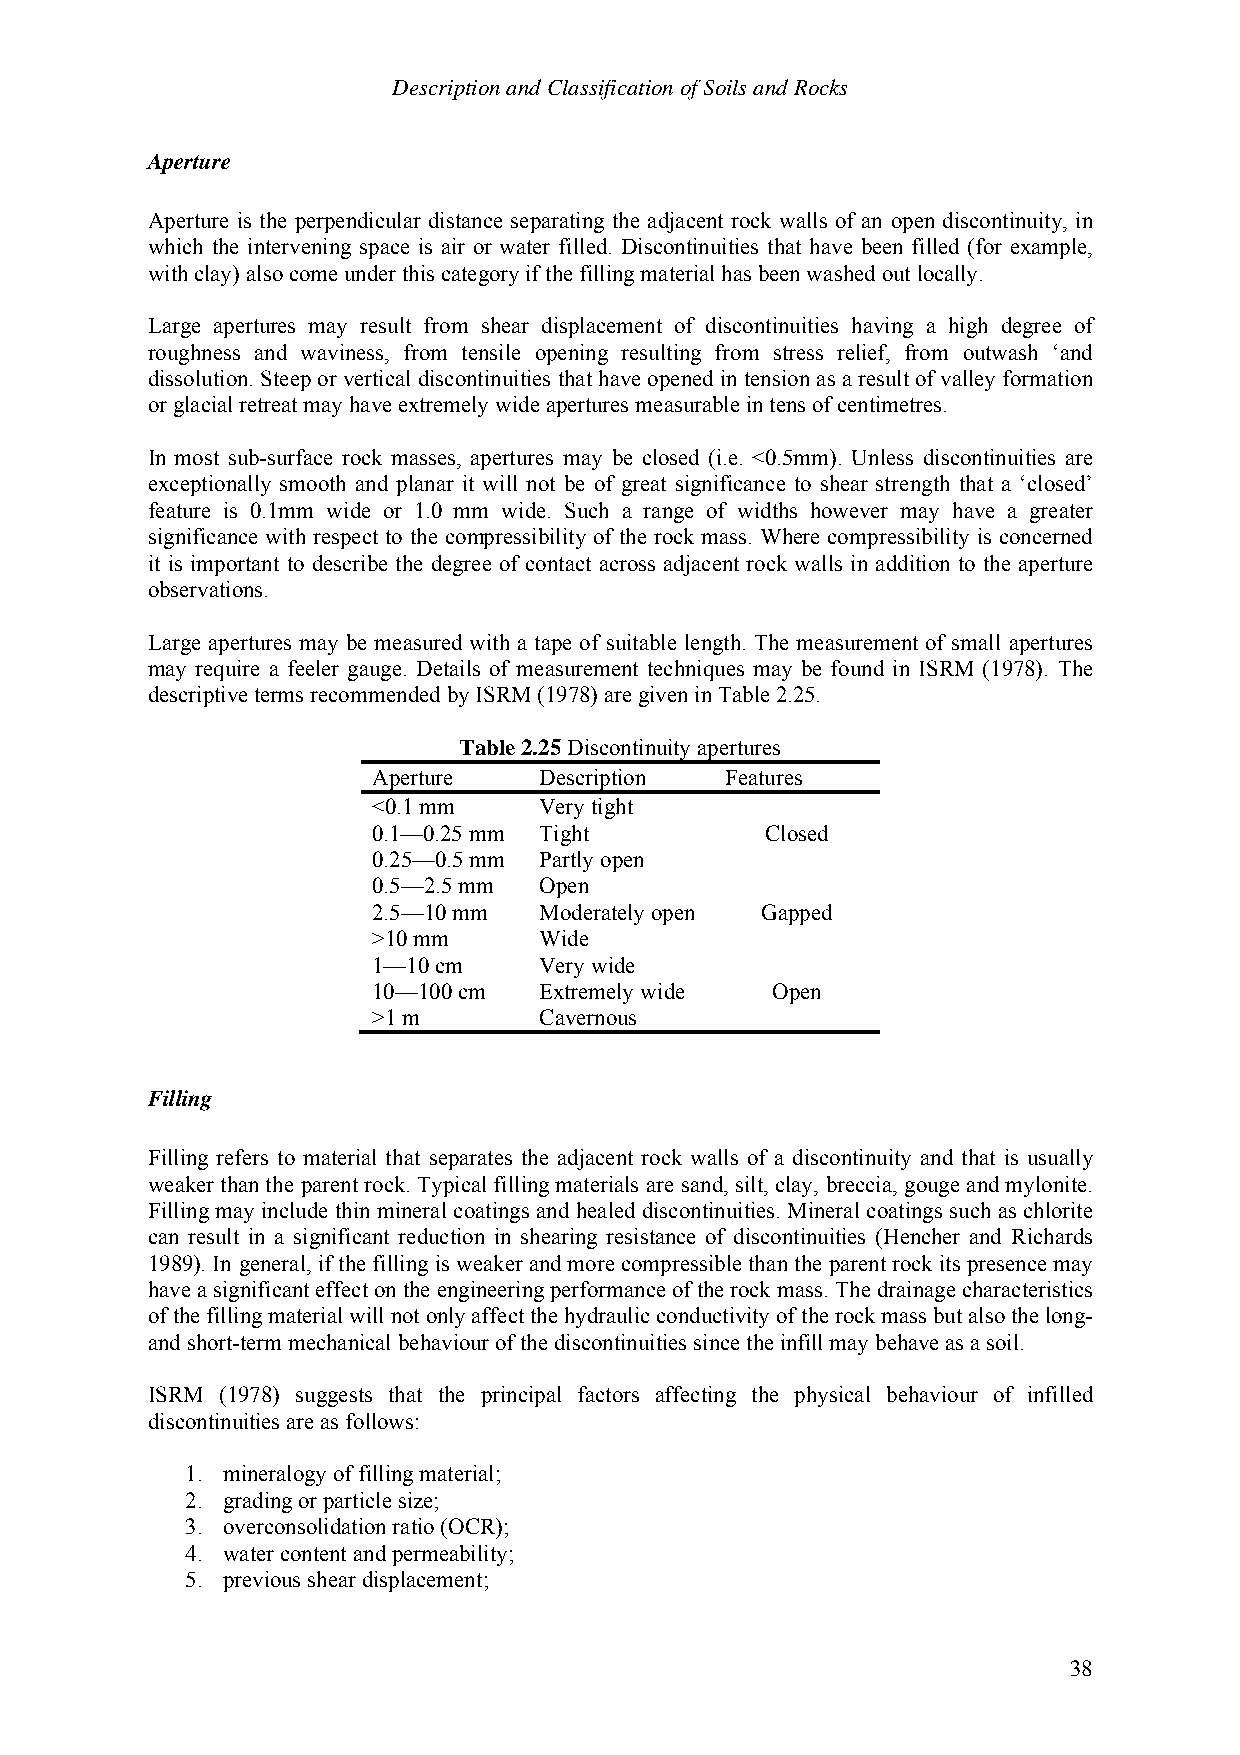
Description and Classification of Soils and Rocks
 Aperture
 Aperture is the perpendicular distance separating the adjacent rock walls of an open discontinuity, in
 which the intervening space is air or water filled. Discontinuities that have been filled (for example,
 with clay) also come under this category if the filling material has been washed out locally.
 Large apertures may result from shear displacement of discontinuities having a high degree of
 roughness and waviness, from tensile opening resulting from stress relief, from outwash ‘and
 dissolution. Steep or vertical discontinuities that have opened in tension as a result of valley formation
 or glacial retreat may have extremely wide apertures measurable in tens of centimetres.
 In most sub-surface rock masses, apertures may be closed (i.e. <0.5mm). Unless discontinuities are
 exceptionally smooth and planar it will not be of great significance to shear strength that a ‘closed’
 feature is 0.1mm wide or 1.0 mm wide. Such a range of widths however may have a greater
 significance with respect to the compressibility of the rock mass. Where compressibility is concerned
 it is important to describe the degree of contact across adjacent rock walls in addition to the aperture
 observations.
 Large apertures may be measured with a tape of suitable length. The measurement of small apertures
 may require a feeler gauge. Details of measurement techniques may be found in ISRM (1978). The
 descriptive terms recommended by ISRM (1978) are given in Table 2.25.
 Table 2.25 Discontinuity apertures
 Aperture   Description Features
 <0.1 mm    Very tight
 0.1—0.25 mm Tight         Closed
 0.25—0.5 mm Partly open
 0.5—2.5 mm Open
 2.5—10 mm  Moderately open Gapped
 >10 mm     Wide
 1—10 cm    Very wide
 10—100 cm  Extremely wide Open
 >1 m       Cavernous
 Filling
 Filling refers to material that separates the adjacent rock walls of a discontinuity and that is usually
 weaker than the parent rock. Typical filling materials are sand, silt, clay, breccia, gouge and mylonite.
 Filling may include thin mineral coatings and healed discontinuities. Mineral coatings such as chlorite
 can result in a significant reduction in shearing resistance of discontinuities (Hencher and Richards
 1989). In general, if the filling is weaker and more compressible than the parent rock its presence may
 have a significant effect on the engineering performance of the rock mass. The drainage characteristics
 of the filling material will not only affect the hydraulic conductivity of the rock mass but also the long-
 and short-term mechanical behaviour of the discontinuities since the infill may behave as a soil.
 ISRM (1978) suggests that the principal factors affecting the physical behaviour of infilled
 discontinuities are as follows:
 1. mineralogy of filling material;
 2. grading or particle size;
 3. overconsolidation ratio (OCR);
 4. water content and permeability;
 5. previous shear displacement;
 38